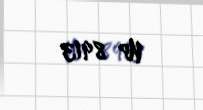
№ 8913